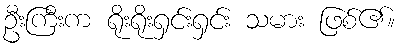
ဦးကြီးက ရိုးရိုးရှင်းရှင်း သမား ဖြစ်၏။